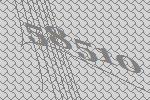
58510